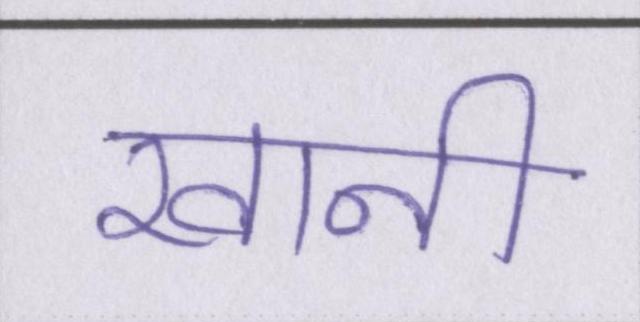
खानी